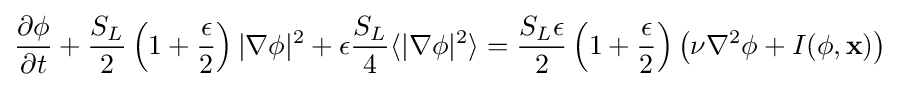
{\frac {\partial \phi }{\partial t}}+{\frac {S_{L}}{2}}\left(1+{\frac {\epsilon }{2}}\right)|\nabla \phi |^{2}+\epsilon {\frac {S_{L}}{4}}\langle |\nabla \phi |^{2}\rangle ={\frac {S_{L}\epsilon }{2}}\left(1+{\frac {\epsilon }{2}}\right)\left(\nu \nabla ^{2}\phi +I(\phi ,\mathbf {x} )\right)